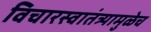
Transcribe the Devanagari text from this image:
विचारस्वातंत्र्यामुळेच